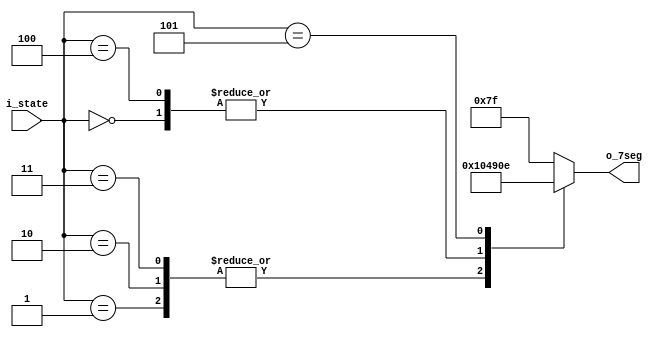
module state_decoder(
    i_state,
    o_7seg
);

    input [2:0] i_state;       // 3-bit input signal for state

    output reg [6:0] o_7seg;   // 7-segment display output register

    always @ (i_state) begin
        case (i_state)
            // Cases for each possible value of i_state
            3'b000: o_7seg = 7'b0010010;  // Assign value for state 000
            3'b001: o_7seg = 7'b1000001;  // Assign value for state 001
            3'b010: o_7seg = 7'b1000001;  // Assign value for state 010
            3'b011: o_7seg = 7'b1000001;  // Assign value for state 011
            3'b100: o_7seg = 7'b0010010;  // Assign value for state 100
            3'b101: o_7seg = 7'b0001110;  // Assign value for state 101
            default: o_7seg = 7'b1111111;  // Assign default value for other cases
        endcase
    end

endmodule